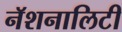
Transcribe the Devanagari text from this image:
नॅशनालिटी